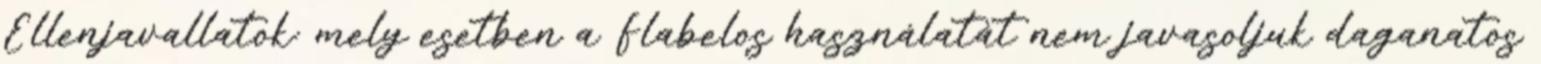
Ellenjavallatok: mely esetben a Flabelos használatát nem javasoljuk daganatos